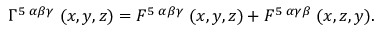
\Gamma ^ { 5 \; \alpha \beta \gamma } \; ( x , y , z ) = F ^ { 5 \; \alpha \beta \gamma } \; ( x , y , z ) + F ^ { 5 \; \alpha \gamma \beta } \; ( x , z , y ) .